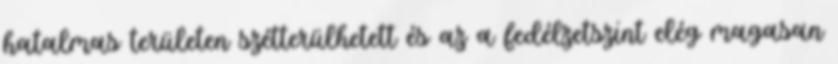
hatalmas területen szétterülhetett és az a fedélzetszint elég magasan